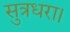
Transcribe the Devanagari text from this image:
सुत्रधरा।